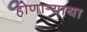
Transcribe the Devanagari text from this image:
होणार्‍याया